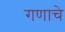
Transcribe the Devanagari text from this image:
गणाचे